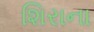
શિરાના